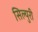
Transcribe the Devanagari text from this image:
सिल्युरी